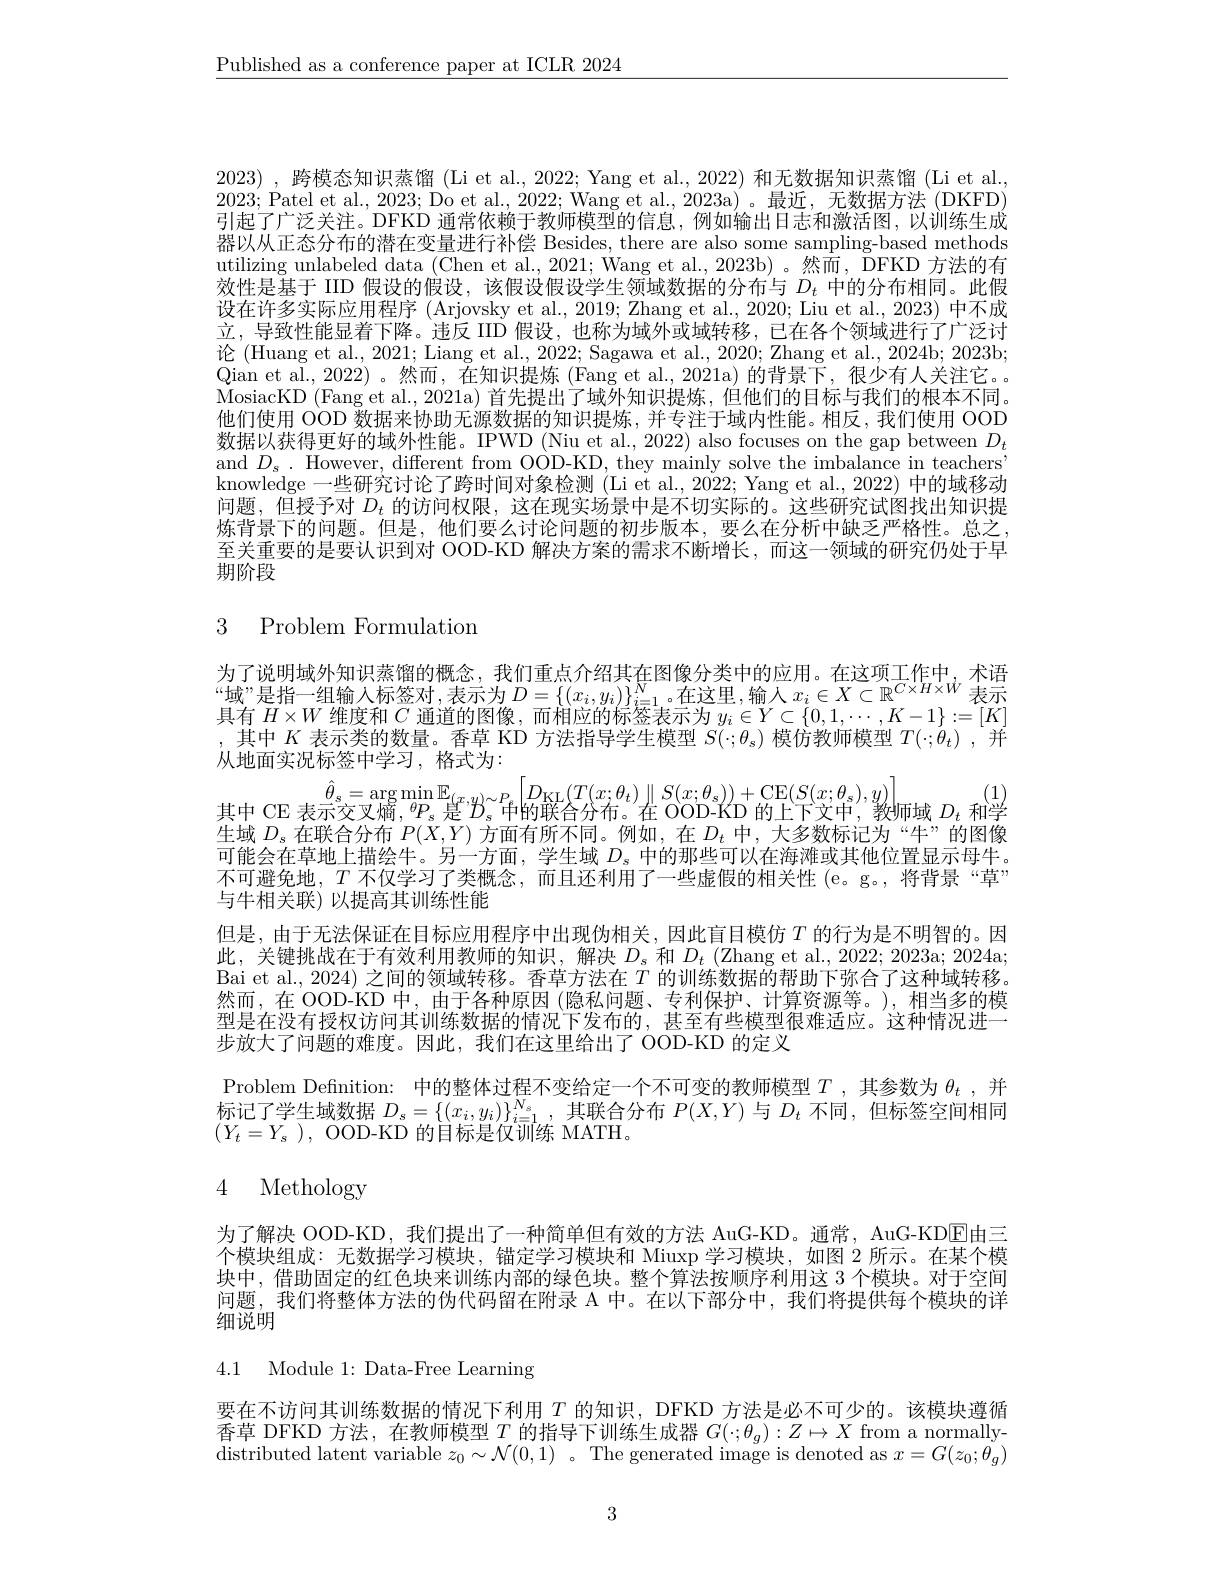
$\underline{\text{Published as a conference paper at ICLR 2024}}$

2023) ,跨模态知识蒸馏 (Li et al., 2022; Yang et al., 2022) 和无数据知识蒸馏 (Li et al. 2023; Patel et al., 2023; Do et al., 2022; Wang et al., 2023a)。最近，无数据方法 (DKFD) 引起了广泛关注。DFKD 通常依赖于教师模型的信息，例如输出日志和激活图，以训练生成器以从正态分布的潜在变量进行补偿 Besides, there are also some sampling-based methods utilizing unlabeled data (Chen et al., 2021; Wang et al., 2023b)。然而，DFKD 方法的有效性是基于 IID 假设的假设，该假设假设学生领域数据的分布与$D_t$中的分布相同。此假设在许多实际应用程序 (Arjovsky et al., 2019; Zhang et al., 2020; Liu et al., 2023) 中不成立，导致性能显着下降。违反 IID 假设，也称为域外或域转移，已在各个领域进行了广泛讨论 (Huang et al., 2021; Liang et al., 2022; Sagawa et al., 2020; Zhang et al., 2024b; 2023b; Qian et al., 2022)。然而，在知识提炼 (Fang et al., 2021a)的背景下，很少有人关注它。。MosiacKD (Fang et al., 2021a) 首先提出了域外知识提炼，但他们的目标与我们的根本不同。他们使用 OOD 数据来协助无源数据的知识提炼，并专注于域内性能。相反，我们使用 OOD 数据以获得更好的域外性能。IPWD (Niu et al., 2022) also focuses on the gap between $D_t$ and $D_s.$ However, different from OOD-KD, they mainly solve the imbalance in teachers" knowledge 一些研究讨论了跨时间对象检测 (Li et al., 2022; Yang et al., 2022) 中的域移动问题，但授予对$D_t$的访问权限，这在现实场景中是不切实际的。这些研究试图找出知识提炼背景下的问题。但是，他们要么讨论问题的初步版本，要么在分析中缺乏严格性。总之至关重要的是要认识到对 OOD-KD 解决方案的需求不断增长，而这一领域的研究仍处于早期阶段

# 3 Problem Formulation

$\begin{array}{c}\hat{\theta}_{s}=\arg\min\mathbb{E}_{(x,y)\sim P_{s}}\left[D_{\mathrm{KL}}(T(x;\theta_{t})\parallel S(x;\theta_{s}))+\mathrm{CE}(S(x;\theta_{s}),y)\right]\\\text{其中 CE 表示交叉熵，}^{\theta}P_{s}\text{ 是}^{P_{s}}\text{中的联合分布。在 OOD-KD 的上下文中，教师域 }D_{t}\text{ 和学}\end{array}$

为了说明域外知识蒸馏的概念，我们重点介绍其在图像分类中的应用。在这项工作中，术语“域”是指一组输入标签对，表示为$D=\{(x_i,y_i)\}_{i=1}^N$。在这里，输人 $x_i\in X\subset\mathbb{R}^{C\times H\times W}$ 表示具有$H\times W$维度和$C$通道的图像，而相应的标签表示为$y_i\in Y\subset\{0,1,\cdots,K-1\}:=[K$ ,其中$K$表示类的数量。香草 KD 方法指导学生模型$S(\cdot;\theta_s)\dot{\text{ 模仿教师模型 }T}(\cdot;\theta_t)$,并从地面实况标签中学习，格式为：
生域$D_s$在联合分布$P(X,Y)$方面有所不同。例如，在$D_t$中，大多数标记为“牛”的图像可能会在草地上描绘牛。另一方面，学生域$D_s$中的那些可以在海滩或其他位置显示母牛。不可避免地，$T$不仅学习了类概念，而且还利用了一些虚假的相关性 (e。g。,将背景“草” 与牛相关联)以提高其训练性能
但是，由于无法保证在目标应用程序中出现伪相关，因此盲目模仿$T$的行为是不明智的。因此，关键挑战在于有效利用教师的知识，解决$D_s$和$D_t\left(\mathrm{Zhang~et~al.,~2022;~2023a;~2024a;}\right.$ Bai et al., 2024) 之间的领域转移。香草方法在$T$的训练数据的帮助下弥合了这种域转移然而，在 OOD-KD 中，由于各种原因 (隐私问题、专利保护、计算资源等。),相当多的模型是在没有授权访问其训练数据的情况下发布的，甚至有些模型很难适应。这种情况进一步放大了问题的难度。因此，我们在这里给出了 OOD-KD 的定义
Problem Defnition: 中的整体过程不变给定一个不可变的教师模型$T$,其参数为$\theta_t$,并标记了学生域数据$D_s=\{(x_i,y_i)\}_{i=1}^{N_s}$,其联合分布$P(X,Y)$与$D_t$不同 ,但标签空间相同$( Y_t= Y_s$ ), OOD-KD 的目标是仅训练 MATH。
4 Methology

为了解决 OOD-KD, 我们提出了一种简单但有效的方法 AuG-KD。通常，AuG-KD$\overline{\mathbb{E}}$由三个模块组成：无数据学习模块，锚定学习模块和 Miuxp 学习模块，如图 2 所示。在某个模块中，借助固定的红色块来训练内部的绿色块。整个算法按顺序利用这 3 个模块。对于空间问题，我们将整体方法的伪代码留在附录 A 中。在以下部分中，我们将提供每个模块的详细说明

4.1 Module 1: Data-Free Learning

要在不访问其训练数据的情况下利用$T$的知识，DFKD 方法是必不可少的。该模块遵循香草 DFKD 方法，在教师模型$T$的指导下训练生成器$G(\cdot;\theta_g):Z\mapsto X$ from a normallydistributed latent variable $z_0\sim\mathcal{N}(0,1)$ 。The generated image is denoted as $x=G(z_0;\theta_g)$

3